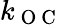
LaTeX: k_{\mathrm{~O~C~}}